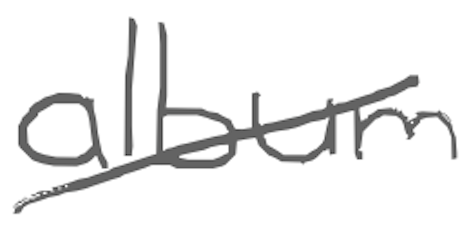
Text: album
Cross-out: diagonal
Writing tool: digital_gray